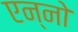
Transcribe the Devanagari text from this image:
एन्नो